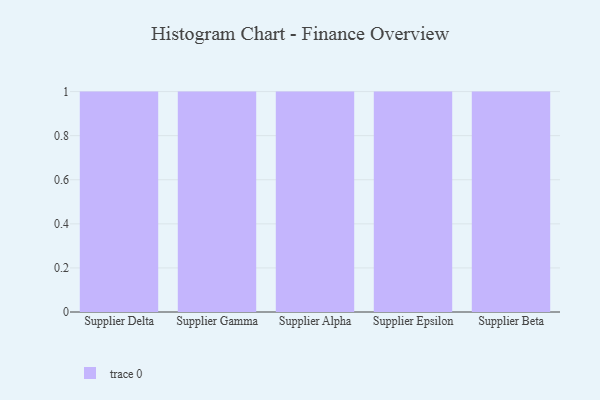
{"axis": {"x": "Supplier", "y": "Humidity (%)"}, "legend": [""], "data": [{"x": "Supplier Delta", "y": 15, "type": ""}, {"x": "Supplier Gamma", "y": 60, "type": ""}, {"x": "Supplier Alpha", "y": 32, "type": ""}, {"x": "Supplier Epsilon", "y": 48, "type": ""}, {"x": "Supplier Beta", "y": 74, "type": ""}]}